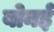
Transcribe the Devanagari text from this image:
बोनई